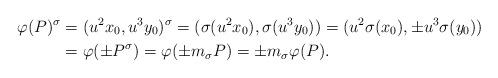
LaTeX: \begin{align*}\varphi(P)^\sigma &= (u^2x_0,u^3y_0)^\sigma = (\sigma(u^2x_0),\sigma(u^3y_0)) = (u^2\sigma(x_0),\pm u^3\sigma(y_0))\\&=\varphi(\pm P^\sigma) = \varphi(\pm m_\sigma P) = \pm m_\sigma \varphi(P).\end{align*}